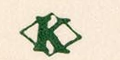
K